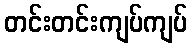
တင်းတင်းကျပ်ကျပ်